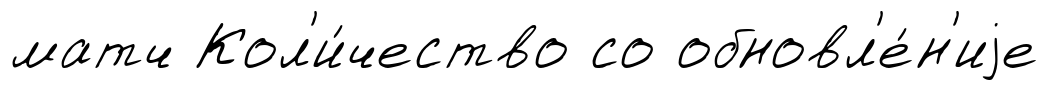
матч Кол'и́чество со обновл'е́н'иjе